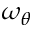
\omega _ { \theta }